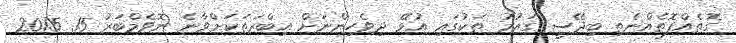
ގޮތެއްފޮތެއްނެތި ބިދޭސީ ގައުމު ތަކުގައި އުޅޭ ދިވެހިންނަށް އިބްރަތަކަށްވާނެ ނޮވެމްބަރު 15